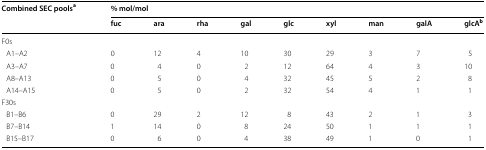
| <ROWSPAN=2> Combined SEC poolsa | <COLSPAN=9> % mol/mol |
 | fuc | ara | rha | gal | glc | xyl | man | galA | glcAb |
 | --- | --- | --- | --- | --- | --- | --- | --- | --- | --- |
 | <COLSPAN=10> F0s |
 | A1–A2 | 0 | 12 | 4 | 10 | 30 | 29 | 3 | 7 | 5 |
 | A3–A7 | 0 | 4 | 0 | 2 | 12 | 64 | 4 | 3 | 10 |
 | A8–A13 | 0 | 5 | 0 | 4 | 32 | 45 | 5 | 2 | 8 |
 | A14–A15 | 0 | 5 | 0 | 2 | 32 | 54 | 4 | 1 | 1 |
 | <COLSPAN=10> F30s |
 | B1–B6 | 0 | 29 | 2 | 12 | 8 | 43 | 2 | 1 | 3 |
 | B7–B14 | 1 | 14 | 0 | 8 | 24 | 50 | 1 | 1 | 1 |
 | B15–B17 | 0 | 6 | 0 | 4 | 38 | 49 | 1 | 0 | 1 |